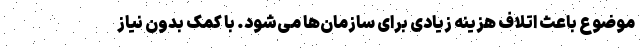
موضوع باعث اتلاف هزینه زیادی برای سازمان‌ها می‌شود. با کمک بدون نیاز